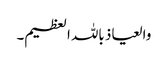
والعیاذ باللہ العظیم۔